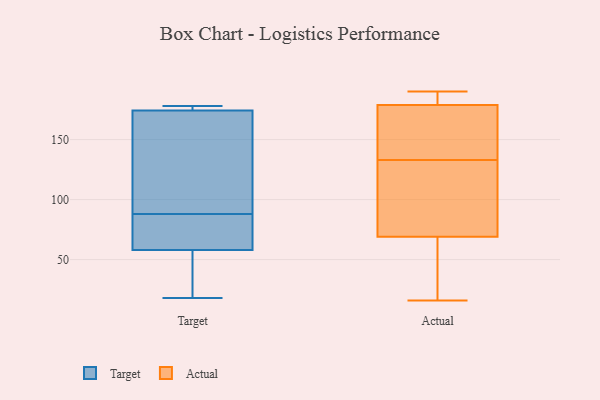
{"axis": {"x": "Active Users", "y": "Value"}, "legend": ["Actual", "Target"], "data": [{"x": "", "y": 18, "type": "Target"}, {"x": "", "y": 58, "type": "Target"}, {"x": "", "y": 176, "type": "Target"}, {"x": "", "y": 169, "type": "Target"}, {"x": "", "y": 177, "type": "Target"}, {"x": "", "y": 167, "type": "Target"}, {"x": "", "y": 88, "type": "Target"}, {"x": "", "y": 29, "type": "Target"}, {"x": "", "y": 58, "type": "Target"}, {"x": "", "y": 178, "type": "Target"}, {"x": "", "y": 65, "type": "Target"}, {"x": "", "y": 190, "type": "Actual"}, {"x": "", "y": 16, "type": "Actual"}, {"x": "", "y": 97, "type": "Actual"}, {"x": "", "y": 36, "type": "Actual"}, {"x": "", "y": 95, "type": "Actual"}, {"x": "", "y": 123, "type": "Actual"}, {"x": "", "y": 70, "type": "Actual"}, {"x": "", "y": 183, "type": "Actual"}, {"x": "", "y": 134, "type": "Actual"}, {"x": "", "y": 156, "type": "Actual"}, {"x": "", "y": 178, "type": "Actual"}, {"x": "", "y": 23, "type": "Actual"}, {"x": "", "y": 181, "type": "Actual"}, {"x": "", "y": 189, "type": "Actual"}, {"x": "", "y": 66, "type": "Actual"}, {"x": "", "y": 164, "type": "Actual"}, {"x": "", "y": 133, "type": "Actual"}]}